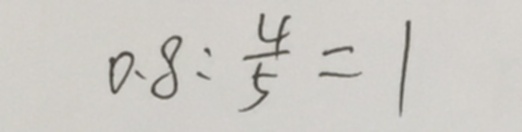
0 . 8 : \frac { 4 } { 5 } = 1